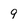
Character: 9